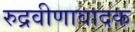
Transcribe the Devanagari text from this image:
रुद्रवीणावादक